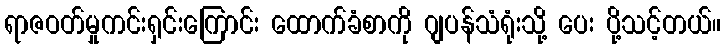
ရာဇဝတ်မှုကင်းရှင်းကြောင်း ထောက်ခံစာကို ဂျပန်သံရုံးသို့ ပေး ပို့သင့်တယ်။